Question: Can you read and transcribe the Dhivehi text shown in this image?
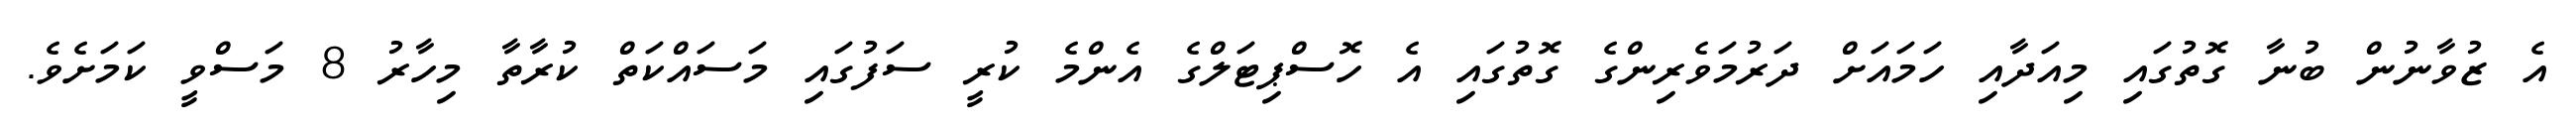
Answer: އެ ޒުވާނުން ބުނާ ގޮތުގައި މިއަދާއި ހަމައަށް ދަރުމަވެރިންގެ ގޮތުގައި އެ ހޮސްޕިޓަލްގެ އެންމެ ކުރީ ސަފުގައި މަސައްކަތް ކުރާތާ މިހާރު 8 މަސްވީ ކަމަށެވެ.